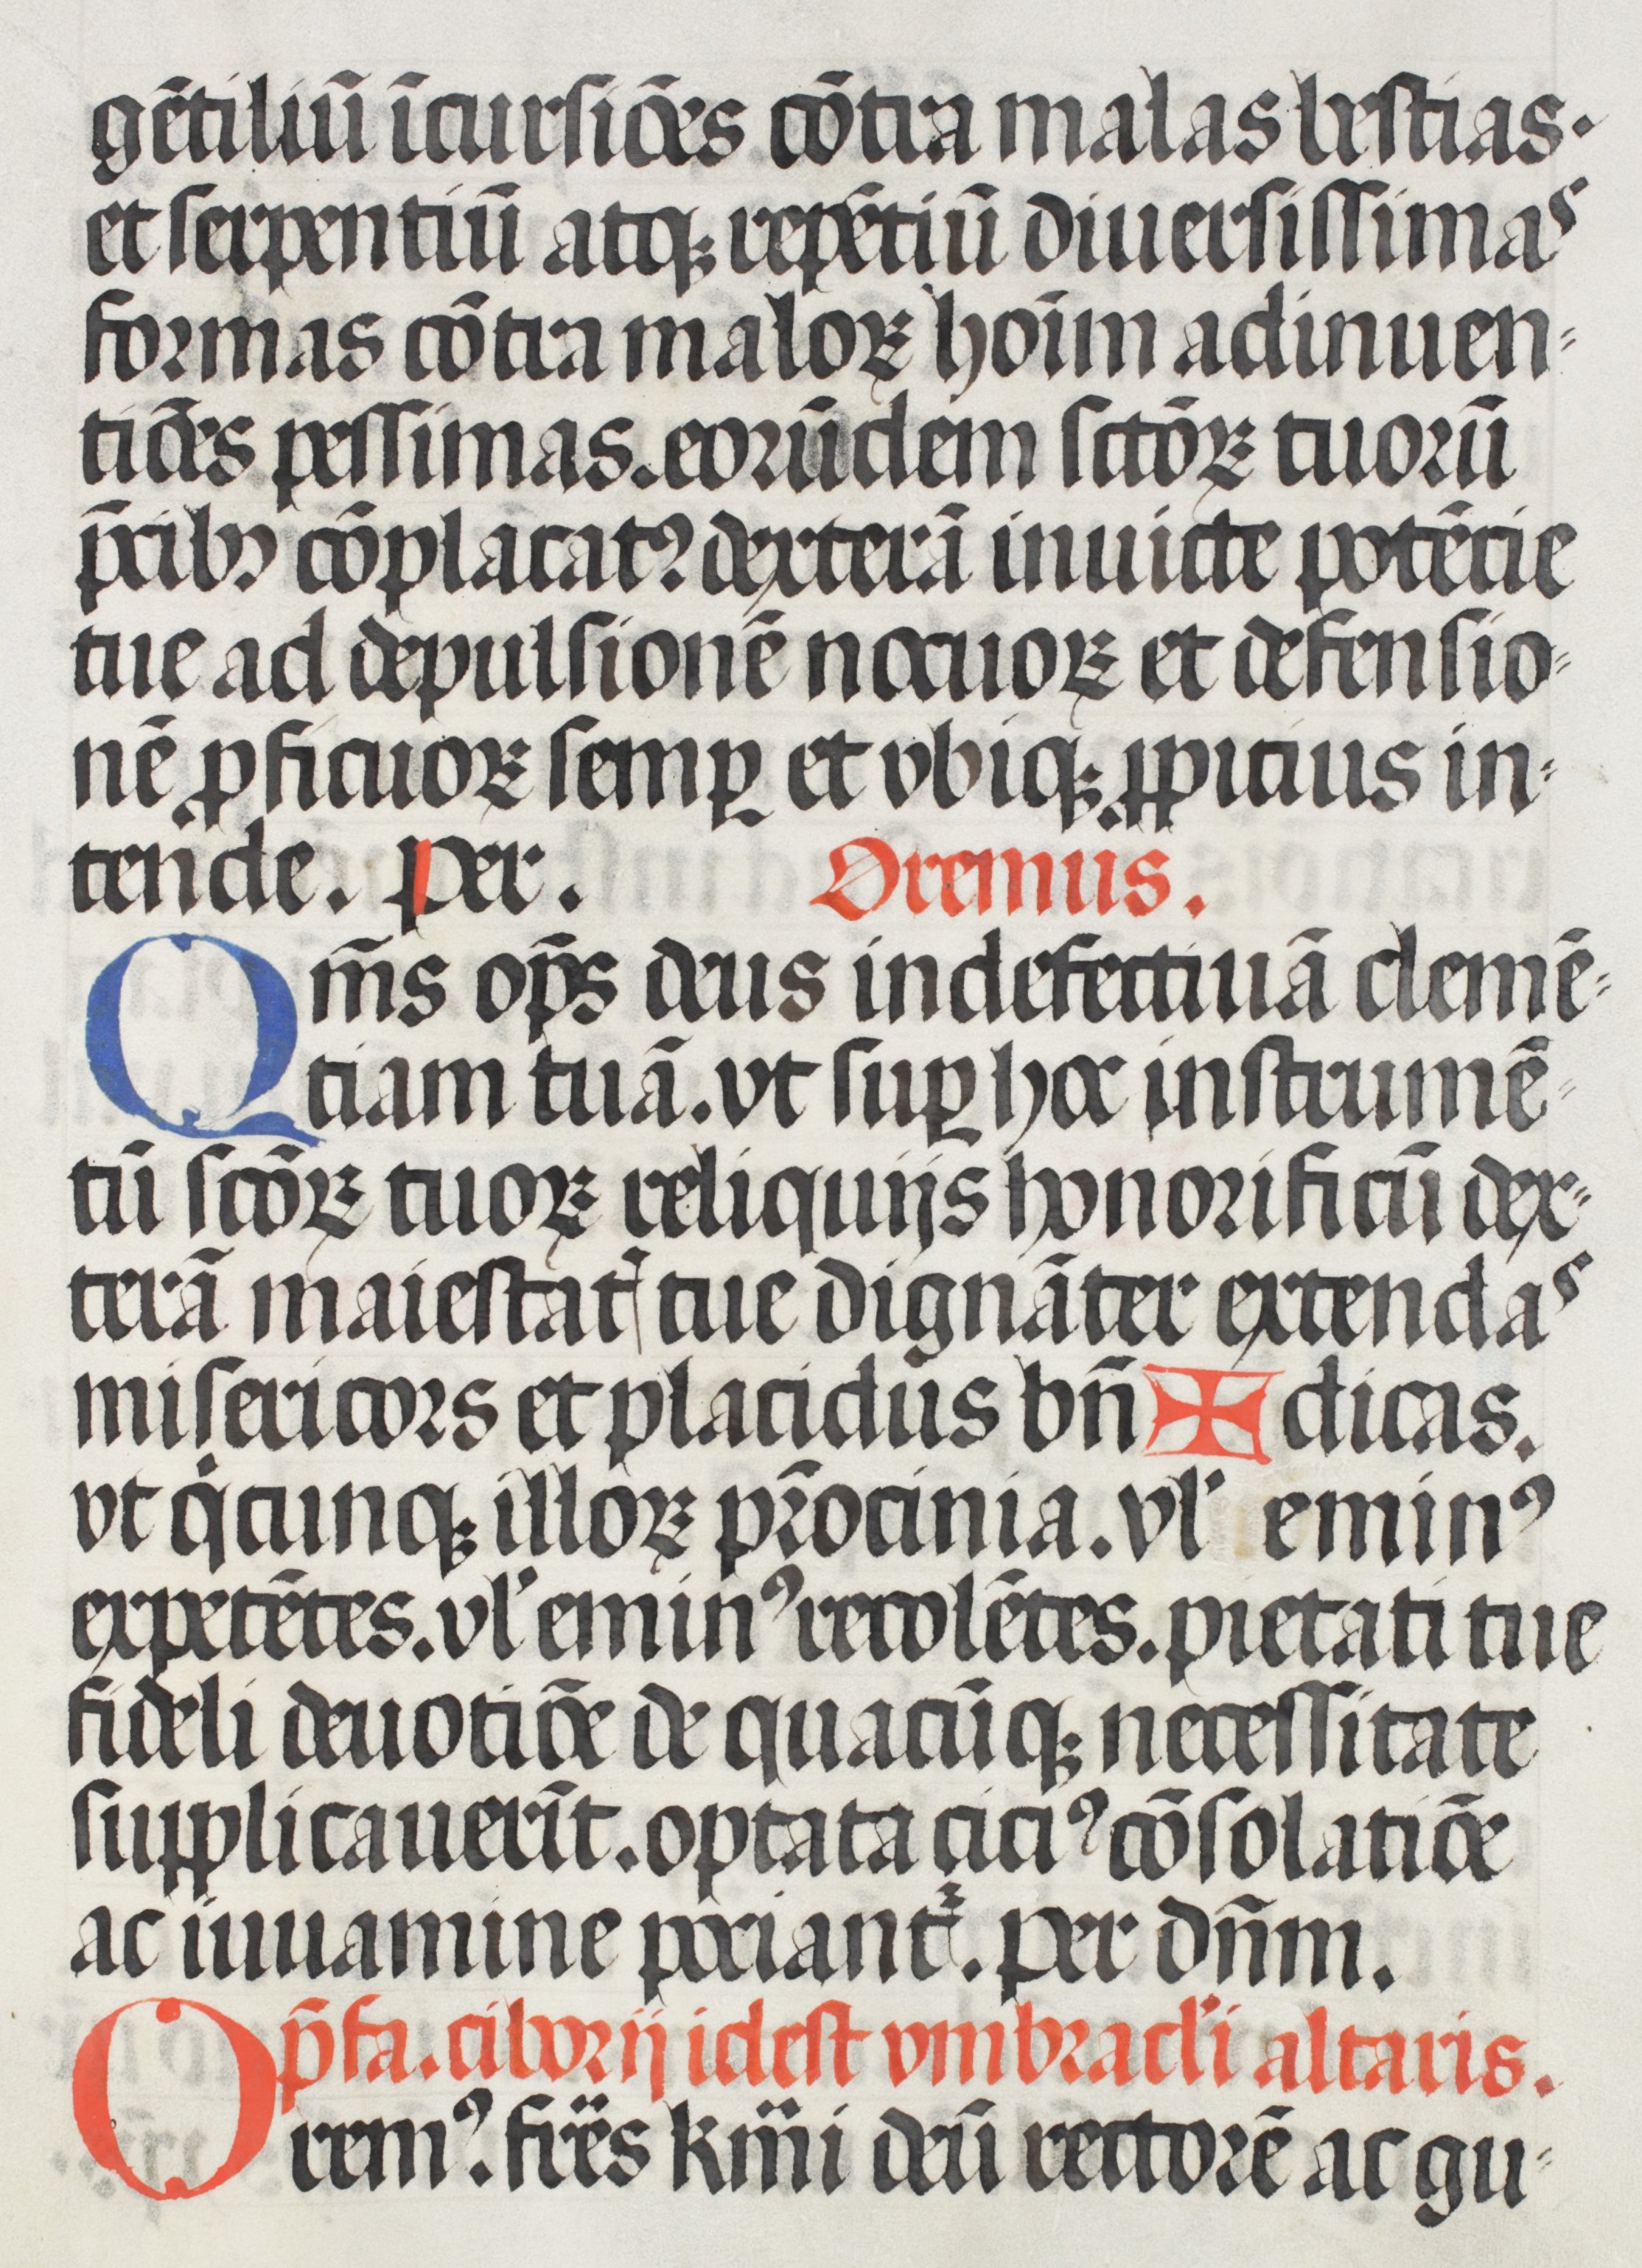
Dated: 1508–1508